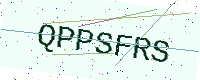
Text: QPPSFRS